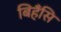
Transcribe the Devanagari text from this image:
बिहँसि